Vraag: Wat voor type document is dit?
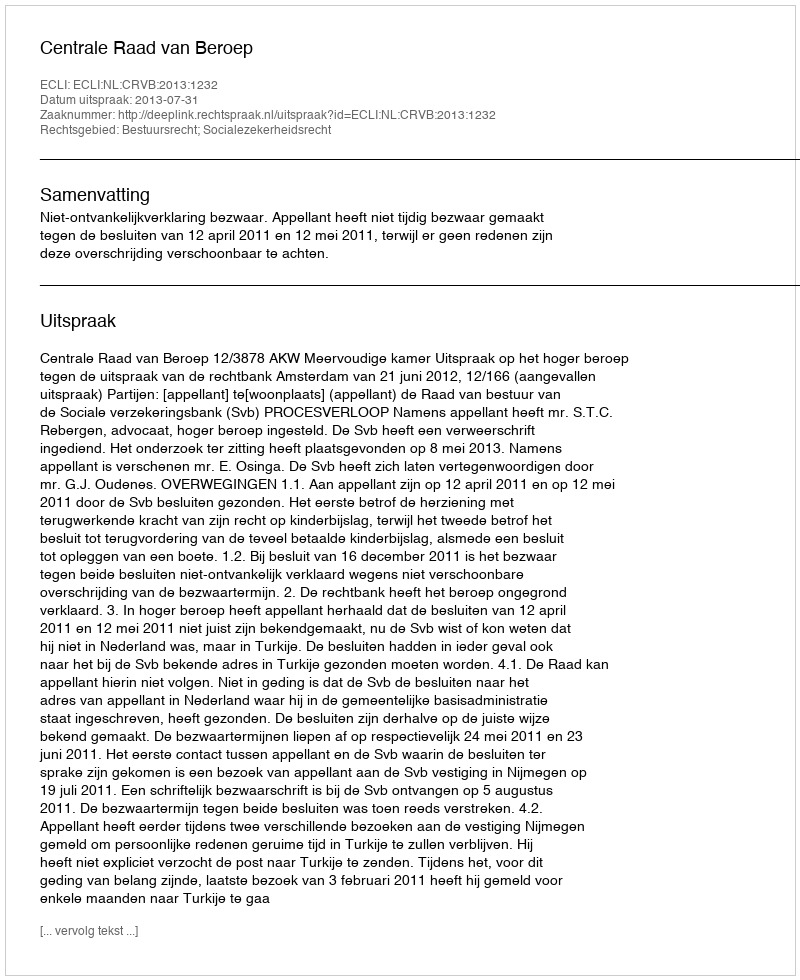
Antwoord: Uitspraak